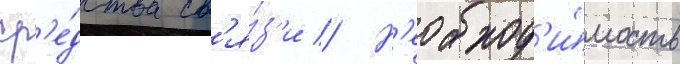
ср'е́дства св'я́з'и // Н'еобход'и́мость